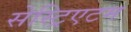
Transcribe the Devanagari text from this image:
सेस्ट्रिएटम